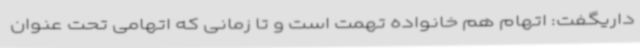
داریگفت: اتهام هم خانواده تهمت است و تا زمانی که اتهامی تحت عنوان